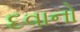
દવાનો